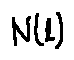
N ( l )